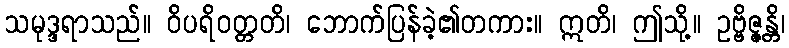
သမုဒ္ဒရာသည်။ ဝိပရိဝတ္တတိ၊ ဘောက်ပြန်ခဲ့၏တကား။ ဣတိ၊ ဤသို့။ ဥဗ္ဗိဇ္ဇန္တိ၊